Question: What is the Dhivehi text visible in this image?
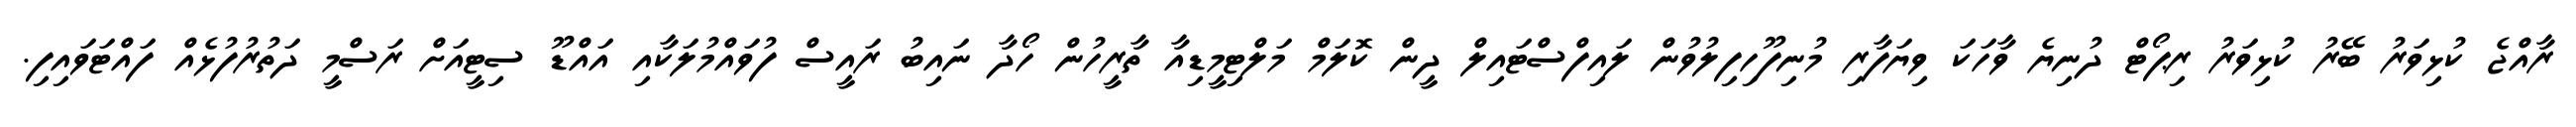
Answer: ރާއްޖެ ކުޅިވަރު ބޭރު ކުޅިވަރު ރިޕޯޓް ދުނިޔެ ވާހަކަ ވިޔަފާރި މުނިފޫހިފިލުވުން ލައިފްސްޓައިލް ދީން ކޮލަމް މަލްޓިމީޑިއާ ތާރީހުން ހޯދާ ނައިބު ރައީސް ފުވައްމުލަކާއި އައްޑޫ ސިޓީއަށް ރަސްމީ ދަތުރުފުޅެއް ފައްޓަވައިފި.